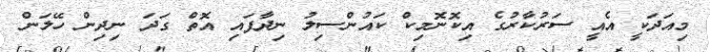
މިއަދަކީ އެއީ ސަރުކާރުގެ އިކޮނޮމިކް ކައުންސިލު ނިދާފައި އޮތް ގަދަ ނިދިން ހޭލަން